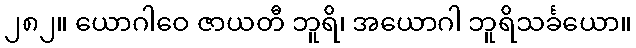
၂၈၂။ ယောဂါဝေ ဇာယတီ ဘူရိ၊ အယောဂါ ဘူရိသင်္ခယော။